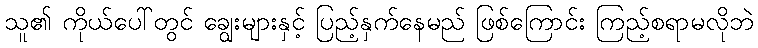
သူ၏ ကိုယ်ပေါ်တွင် ချွေးများနှင့် ပြည့်နှက်နေမည် ဖြစ်ကြောင်း ကြည့်စရာမလိုဘဲ